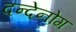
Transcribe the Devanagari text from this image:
दन्देनोग